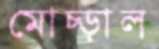
মোচ্‌ড়াল